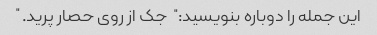
این جمله را دوباره بنویسید: "جک از روی حصار پرید."